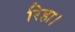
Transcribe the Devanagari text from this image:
रिहा।